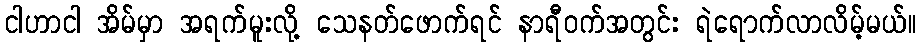
ငါဟာငါ အိမ်မှာ အရက်မူးလို့ သေနတ်ဖောက်ရင် နာရီဝက်အတွင်း ရဲရောက်လာလိမ့်မယ်။